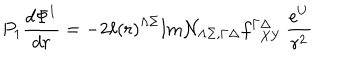
P _ { 1 } { \frac { d \Phi ^ { 1 } } { d r } } = - 2 \ell \left( r \right) ^ { \Lambda \Sigma } \mathrm { I m } { \cal N } _ { \Lambda \Sigma , \Gamma \Delta } f _ { ~ ~ X Y } ^ { \Gamma \Delta } \, { \frac { e ^ { U } } { r ^ { 2 } } }